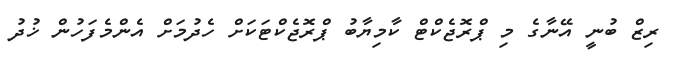
ރިޒް ބުނީ އޭނާގެ މި ޕްރޮޖެކްޓް ކާމިޔާބު ޕްރޮޖެކްޓަކަށް ހެދުމަށް އެންމެފަހުން ޚުދު